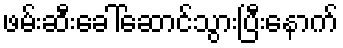
ဖမ်းဆီးခေါ်ဆောင်သွားပြီးနောက်